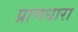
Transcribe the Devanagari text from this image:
प्राणधारा